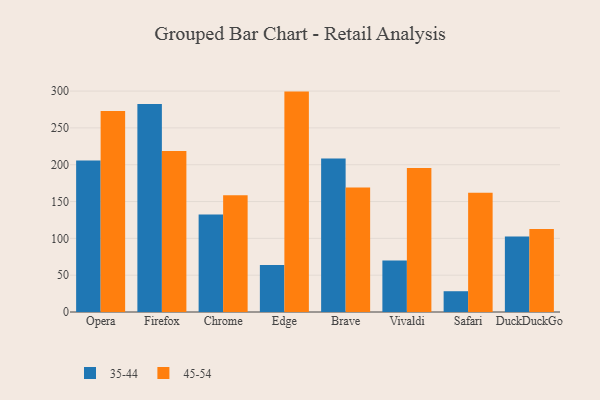
{"axis": {"x": "Browser", "y": "LTV (USD)"}, "legend": ["35-44", "45-54"], "data": [{"x": "Opera", "y": 205.6, "type": "35-44"}, {"x": "Opera", "y": 273.0, "type": "45-54"}, {"x": "Firefox", "y": 282.4, "type": "35-44"}, {"x": "Firefox", "y": 218.7, "type": "45-54"}, {"x": "Chrome", "y": 132.3, "type": "35-44"}, {"x": "Chrome", "y": 158.7, "type": "45-54"}, {"x": "Edge", "y": 63.7, "type": "35-44"}, {"x": "Edge", "y": 299.3, "type": "45-54"}, {"x": "Brave", "y": 208.5, "type": "35-44"}, {"x": "Brave", "y": 168.9, "type": "45-54"}, {"x": "Vivaldi", "y": 69.8, "type": "35-44"}, {"x": "Vivaldi", "y": 195.7, "type": "45-54"}, {"x": "Safari", "y": 28.2, "type": "35-44"}, {"x": "Safari", "y": 162.0, "type": "45-54"}, {"x": "DuckDuckGo", "y": 102.4, "type": "35-44"}, {"x": "DuckDuckGo", "y": 112.7, "type": "45-54"}]}